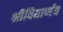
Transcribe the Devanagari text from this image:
श्रीविद्यार्णव